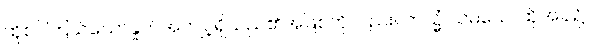
ထိုစင်ကြယ်သောနှုတ်အကျင့်ရှိသည်၏အဖြစ်ကိုလည်း။ တသ္မိံ သမယေ၊ ထိုအခါ၌။